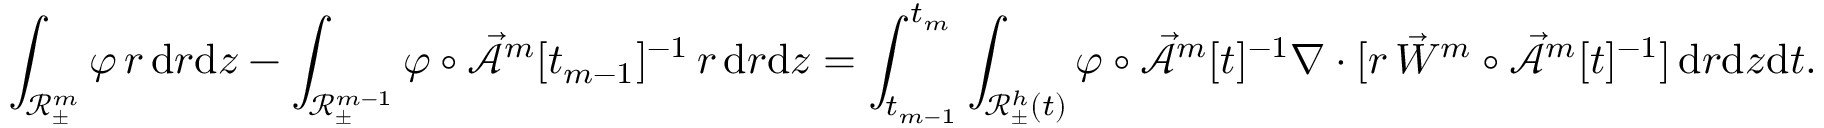
\int _ { \mathscr { R } _ { \pm } ^ { m } } \varphi \, r \, \mathrm { d } r \mathrm { d } z - \int _ { \mathscr { R } _ { \pm } ^ { m - 1 } } \varphi \circ \mathcal { \vec { A } } ^ { m } [ t _ { m - 1 } ] ^ { - 1 } \, r \, \mathrm { d } r \mathrm { d } z = \int _ { t _ { m - 1 } } ^ { t _ { m } } \int _ { \mathscr { R } _ { \pm } ^ { h } ( t ) } \varphi \circ \mathcal { \vec { A } } ^ { m } [ t ] ^ { - 1 } \nabla \cdot [ r \, \vec { W } ^ { m } \circ \mathcal { \vec { A } } ^ { m } [ t ] ^ { - 1 } ] \, \mathrm { d } r \mathrm { d } z \mathrm { d } t .